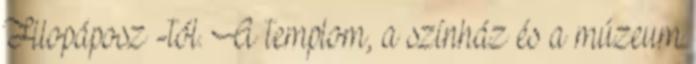
Filopáposz -tól. A templom, a színház és a múzeum